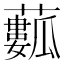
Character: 𧁾